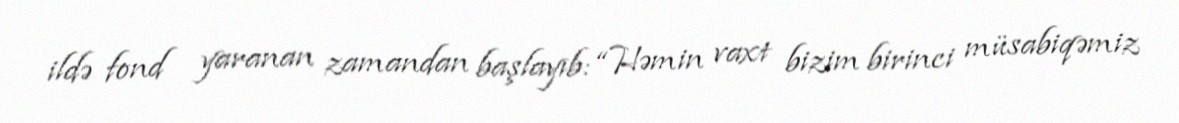
ildə fond yaranan zamandan başlayıb: “Həmin vaxt bizim birinci müsabiqəmiz